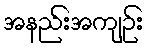
အနည်းအကျဉ်း